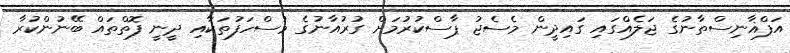
އަފްޣާނިސްތާނުގެ ޖަލެއްގައި ގައިދީން މެސެޖު ޕާސްކުރުމަށް ގުރުއާނުގެ މުސްހަފުތަކާއި ދީނީ ފޮތްތައް ބޭނުންކުރާ